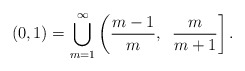
\begin{align*}(0,1)=\bigcup_{m=1}^{\infty}\left({m-1\over m}, \,\right.\left. {m\over m+1}\right].\end{align*}